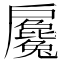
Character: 𢩢